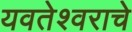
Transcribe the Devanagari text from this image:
यवतेश्वराचे